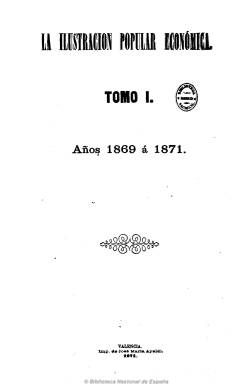
Título: La Ilustración popular económica
Colección: Revistas de información general
Ámbito geográfico: Valencia
Lugar de publicación: Valencia
Fechas: 10/08/1869-20/12/1879

Publicación de carácter religioso, moral y literario, adscrita al carlismo, que nace como reacción a la revolución septembrina y como difusora del antiliberalismo papal y que continuará editándose tras la Restauración. De periodicidad decenal, salía los días 1, 10 y 20 de cada mes, conjuntamente con un fascículo de una Biblioteca Moral, que contenía una novela de espíritu religioso, que sumaba sus 16 páginas a las cuatro del periódico.

Este comienza con una sección religiosa, con artículos y actualidad sobre la “iglesia católica, apostólica y romana”, seguida de otra recreativa, con leyendas, tradiciones, cuentos morales y poesías, y otra instructiva, con artículos sencillos, especialmente de agricultura y artes. También incluía, en una sección de variedades, noticias, anécdotas, pensamientos, máximas, charadas, jeroglíficos, utilizando a veces el tono humorístico, y aunque se proclamaba “agena a la política”, se dedicó a difundir a través de numerosos artículos la postura papista oficial en temas sociales y políticos. Su director fue Agustín López, quien señaló que la publicación estaba dirigida desde los niños hasta los ancianos, y su difusión debió superar los veinte mil ejemplares.

Se publicaba “con aprobación de la autoridad eclesiástica, y se subtituló  “revista católica científico-literaria consagrada al Corazón Adorable de Jesús”. A partir de 1880 fue continuada por el título La ilustración popular económica de Valencia, siendo dirigida entonces por el integrista José María Settier Gimeno.